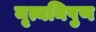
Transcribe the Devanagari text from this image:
नृत्यनिपुण